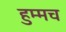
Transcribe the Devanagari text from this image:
हुम्मच